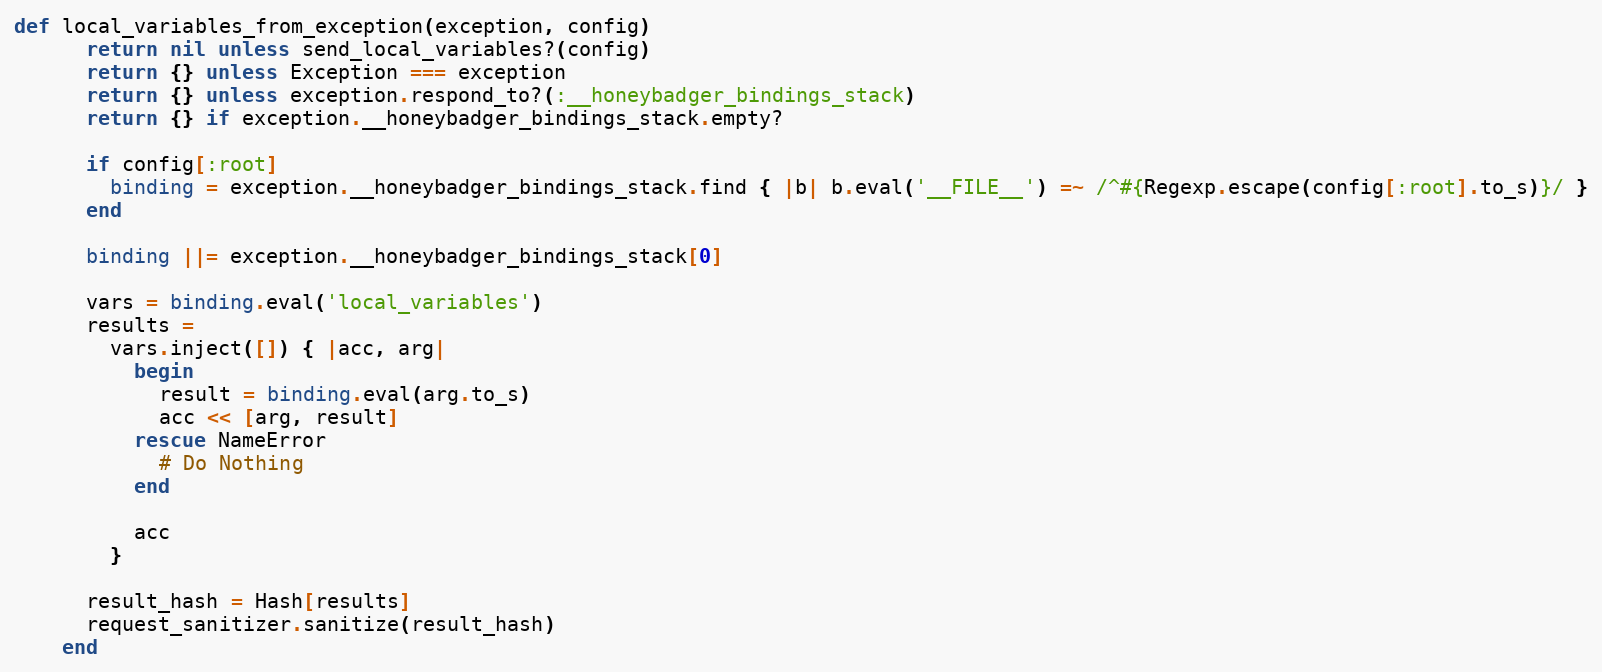
Language: Ruby
def local_variables_from_exception(exception, config)
      return nil unless send_local_variables?(config)
      return {} unless Exception === exception
      return {} unless exception.respond_to?(:__honeybadger_bindings_stack)
      return {} if exception.__honeybadger_bindings_stack.empty?

      if config[:root]
        binding = exception.__honeybadger_bindings_stack.find { |b| b.eval('__FILE__') =~ /^#{Regexp.escape(config[:root].to_s)}/ }
      end

      binding ||= exception.__honeybadger_bindings_stack[0]

      vars = binding.eval('local_variables')
      results =
        vars.inject([]) { |acc, arg|
          begin
            result = binding.eval(arg.to_s)
            acc << [arg, result]
          rescue NameError
            # Do Nothing
          end

          acc
        }

      result_hash = Hash[results]
      request_sanitizer.sanitize(result_hash)
    end